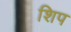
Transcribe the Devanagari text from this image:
शिप